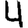
Digit: 4